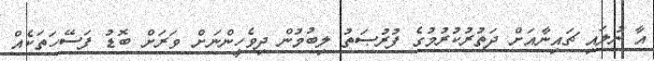
އާ ނުލައި ޗައިނާއަށް ދަތުރުކުރުމުގެ ފުރުޞަތު ލިބުމުން ދިވެހީންނަށް ވަރަށް ބޮޑު ފަސޭހަތަކެއް